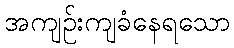
အကျဉ်းကျခံနေရသော